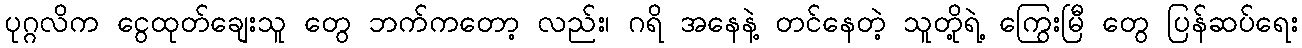
ပုဂ္ဂလိက ငွေထုတ်ချေးသူ တွေ ဘက်ကတော့ လည်း၊ ဂရိ အနေနဲ့ တင်နေတဲ့ သူတို့ရဲ့ ကြွေးမြီ တွေ ပြန်ဆပ်ရေး